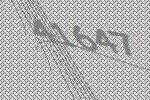
41647